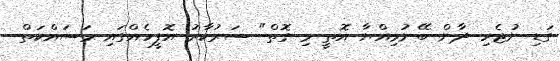
ގަޑި ނުޖެހި ދާން ބޭނުމިއްޔާ އޮތީ މި ގޮތް" ސަރުކާރު އޮފީހެއްގައި މަސައްކަތް